Report on leprosy in the North-Western Provinces
Disease focus: Leprosy
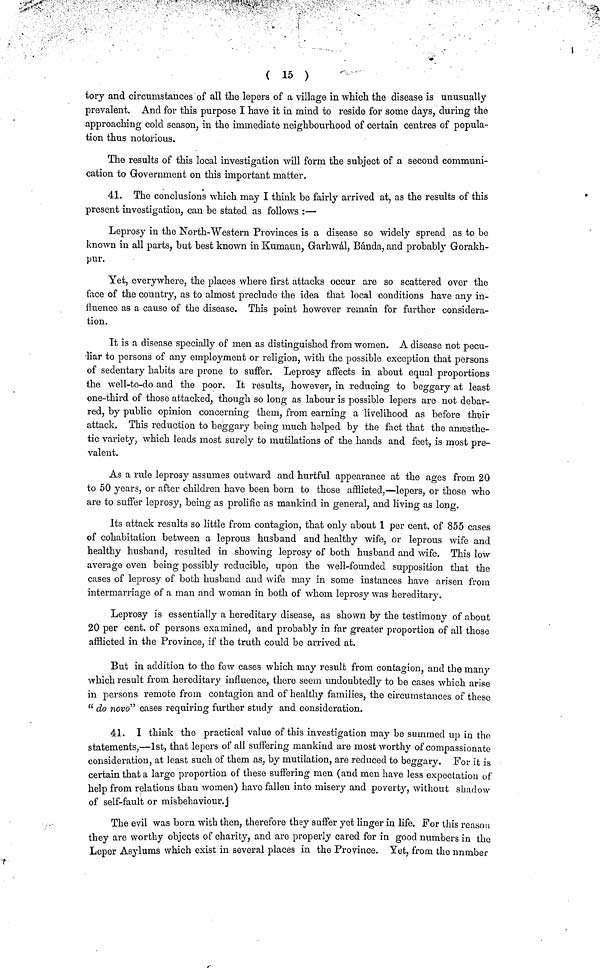
( 15 )
tory and circumstances of all the lepers of a village in which the disease is unusually
prevalent. And for this purpose I have it in mind to reside for some days, during the
approaching cold season, in the immediate neighbourhood of certain centres of popula-
tion thus notorious.
The results of this local investigation will form the subject of a second communi-
cation to Government on this important matter.
41. The conclusions which may I think be fairly arrived at, as the results of this
present investigation, can be stated as follows :—
Leprosy in the North-Western Provinces is a disease so widely spread as to be
known in all parts, but best known in Kumaun, Garhwál, Bánda, and probably Gorakh-
pur.
Yet, everywhere, the places where first attacks occur are so scattered over the
face of the country, as to almost preclude the idea that local conditions have any in-
fluence as a cause of the disease. This point however remain for further considera-
tion.
It is a disease specially of men as distinguished from women. A disease not pecu-
liar to persons of any employment or religion, with the possible exception that persons
of sedentary habits are prone to suffer. Leprosy affects in about equal proportions
the well-to-do and the poor. It results, however, in reducing to beggary at least
one-third of those attacked, though so long as labour is possible lepers are not debar-
red, by public opinion concerning them, from earning a livelihood as before their
attack. This reduction to beggary being much helped by the fact that the anfesthe-
tic variety, which leads most surely to mutilations of the hands and feet, is most pre-
valent.
As a rule leprosy assumes outward and hurtful appearance at the ages from 20
to 50 years, or after children have been born to those afflicted,—lepers, or those who
are to suffer leprosy, being as prolific as mankind in general, and living as long.
Its attack results so little from contagion, that only about 1 per cent, of 855 cases
of cohabitation between a leprous husband and healthy wife, or leprous wife and
healthy husband, resulted in showing leprosy of both husband and wife. This low
average even being possibly reducible, upon the well-founded supposition that the
cases of leprosy of both husband and wife may in some instances have arisen from
intermarriage of a man and woman in both of whom leprosy was hereditary.
Leprosy is essentially a hereditary disease, as shown by the testimony of about
20 per cent, of persons examined, and probably in far greater proportion of all those
afflicted in the Province, if the truth could be arrived at.
But in addition to the few cases which may result from contagion, and the many
which result from hereditary influence, there seem undoubtedly to be cases which arise
in persons remote from contagion and of healthy families, the circumstances of these
"do novo" cases requiring further study and consideration.
41. I think the practical value of this investigation may be summed up in the
statements,—1st, that lepers of all suffering mankind are most worthy of compassionate
consideration, at least such of them as, by mutilation, are reduced to beggary. For it is
certain that a large proportion of these suffering men (and men have less expectation of
help from relations than women) have fallen into misery and poverty, without shadow
of self-fault or misbehaviour.]
The evil was born with then, therefore they suffer yet linger in life. For this reason
they are worthy objects of charity, and are properly cared for in good numbers in the
Leper Asylums which exist in several places in the Province. Yet, from the number